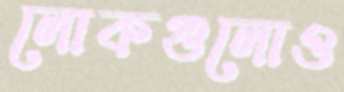
লোকগুলোও